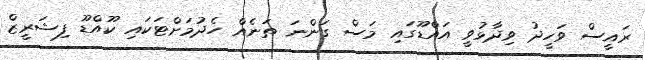
ރައީސް ވަހީދު ވިދާޅުވީ އައްޑޫގައި މަސް ގަންނަ ތަނެއް ހެދުމަށްޓަކައި ކޫއްޑޫ ފިޝަރީޒް